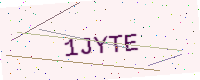
Text: 1JYTE